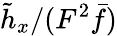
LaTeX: \tilde{h}_{x}/(F^{2}\bar{f})